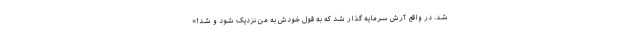
شد. در واقع آرش سرمایه گذار شد که به قول خودش به من نزدیک شود و شد!»